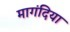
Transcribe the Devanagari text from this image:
मागंदिया